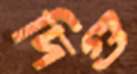
দিগু